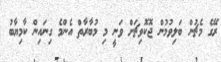
ރޭގެ މެޗުން ބަލިވުމުން ޖޮކޮވިޗަށް ވަނީ މި މުބާރާތް އެންމެ ގިނައިން ކާމިޔާބު